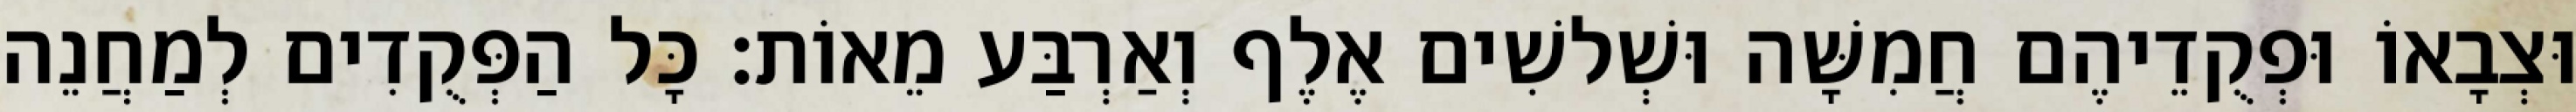
וּצְבָאוֹ וּפְקֻדֵיהֶם חֲמִשָּׁה וּשְׁלשִׁים אֶלֶף וְאַרְבַּע מֵאוֹת׃ כָּל הַפְּקֻדִים לְמַחֲנֵה